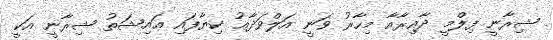
ޝިރާނީ ފިލްމީ ދާއިރާއާ މިހާރު ވަނީ އަލްވަދާޢު ކިޔާފައި ޢައިޝަތު ޝިރާނީ އަކީ